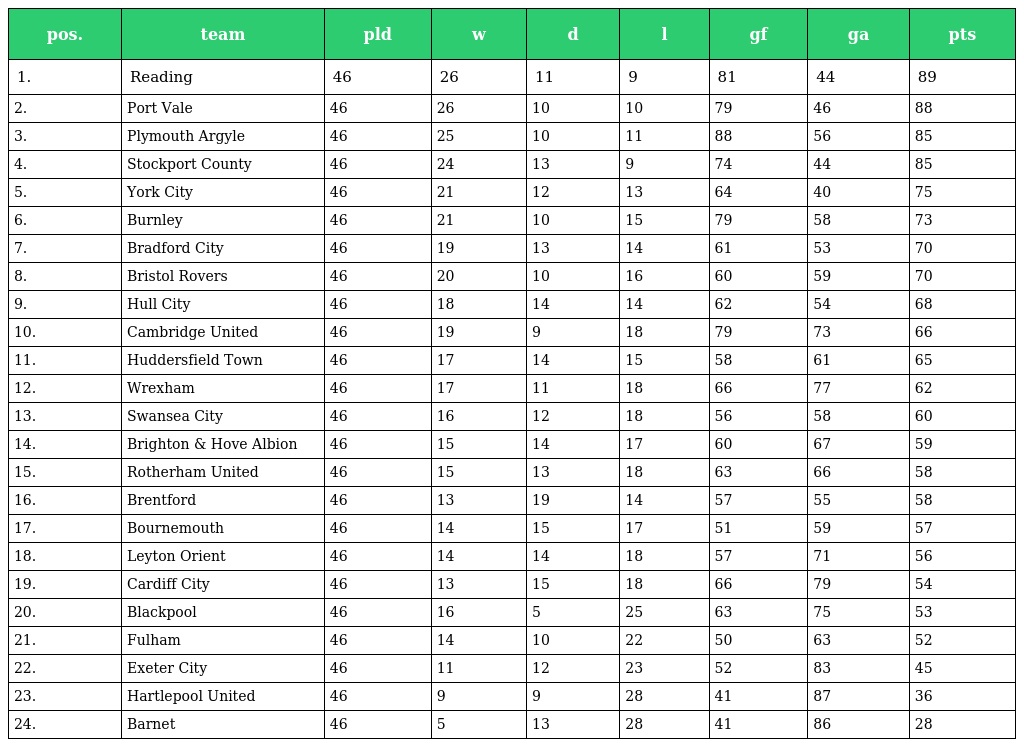
| pos. | team | pld | w | d | l | gf | ga | pts |
 | --- | --- | --- | --- | --- | --- | --- | --- | --- |
 | 1. | Reading | 46 | 26 | 11 | 9 | 81 | 44 | 89 |
 | 2. | Port Vale | 46 | 26 | 10 | 10 | 79 | 46 | 88 |
 | 3. | Plymouth Argyle | 46 | 25 | 10 | 11 | 88 | 56 | 85 |
 | 4. | Stockport County | 46 | 24 | 13 | 9 | 74 | 44 | 85 |
 | 5. | York City | 46 | 21 | 12 | 13 | 64 | 40 | 75 |
 | 6. | Burnley | 46 | 21 | 10 | 15 | 79 | 58 | 73 |
 | 7. | Bradford City | 46 | 19 | 13 | 14 | 61 | 53 | 70 |
 | 8. | Bristol Rovers | 46 | 20 | 10 | 16 | 60 | 59 | 70 |
 | 9. | Hull City | 46 | 18 | 14 | 14 | 62 | 54 | 68 |
 | 10. | Cambridge United | 46 | 19 | 9 | 18 | 79 | 73 | 66 |
 | 11. | Huddersfield Town | 46 | 17 | 14 | 15 | 58 | 61 | 65 |
 | 12. | Wrexham | 46 | 17 | 11 | 18 | 66 | 77 | 62 |
 | 13. | Swansea City | 46 | 16 | 12 | 18 | 56 | 58 | 60 |
 | 14. | Brighton & Hove Albion | 46 | 15 | 14 | 17 | 60 | 67 | 59 |
 | 15. | Rotherham United | 46 | 15 | 13 | 18 | 63 | 66 | 58 |
 | 16. | Brentford | 46 | 13 | 19 | 14 | 57 | 55 | 58 |
 | 17. | Bournemouth | 46 | 14 | 15 | 17 | 51 | 59 | 57 |
 | 18. | Leyton Orient | 46 | 14 | 14 | 18 | 57 | 71 | 56 |
 | 19. | Cardiff City | 46 | 13 | 15 | 18 | 66 | 79 | 54 |
 | 20. | Blackpool | 46 | 16 | 5 | 25 | 63 | 75 | 53 |
 | 21. | Fulham | 46 | 14 | 10 | 22 | 50 | 63 | 52 |
 | 22. | Exeter City | 46 | 11 | 12 | 23 | 52 | 83 | 45 |
 | 23. | Hartlepool United | 46 | 9 | 9 | 28 | 41 | 87 | 36 |
 | 24. | Barnet | 46 | 5 | 13 | 28 | 41 | 86 | 28 |